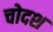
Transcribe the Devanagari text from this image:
चोदश